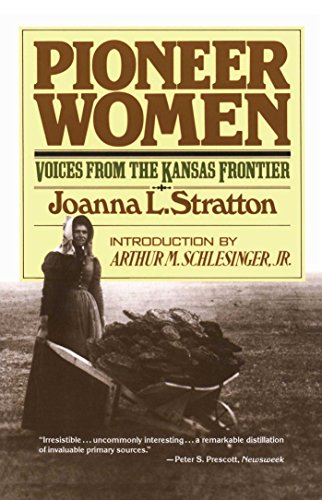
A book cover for Pioneer Women: Voices from the Kansas Frontier; Joanna Stratton; Biographies & Memoirs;